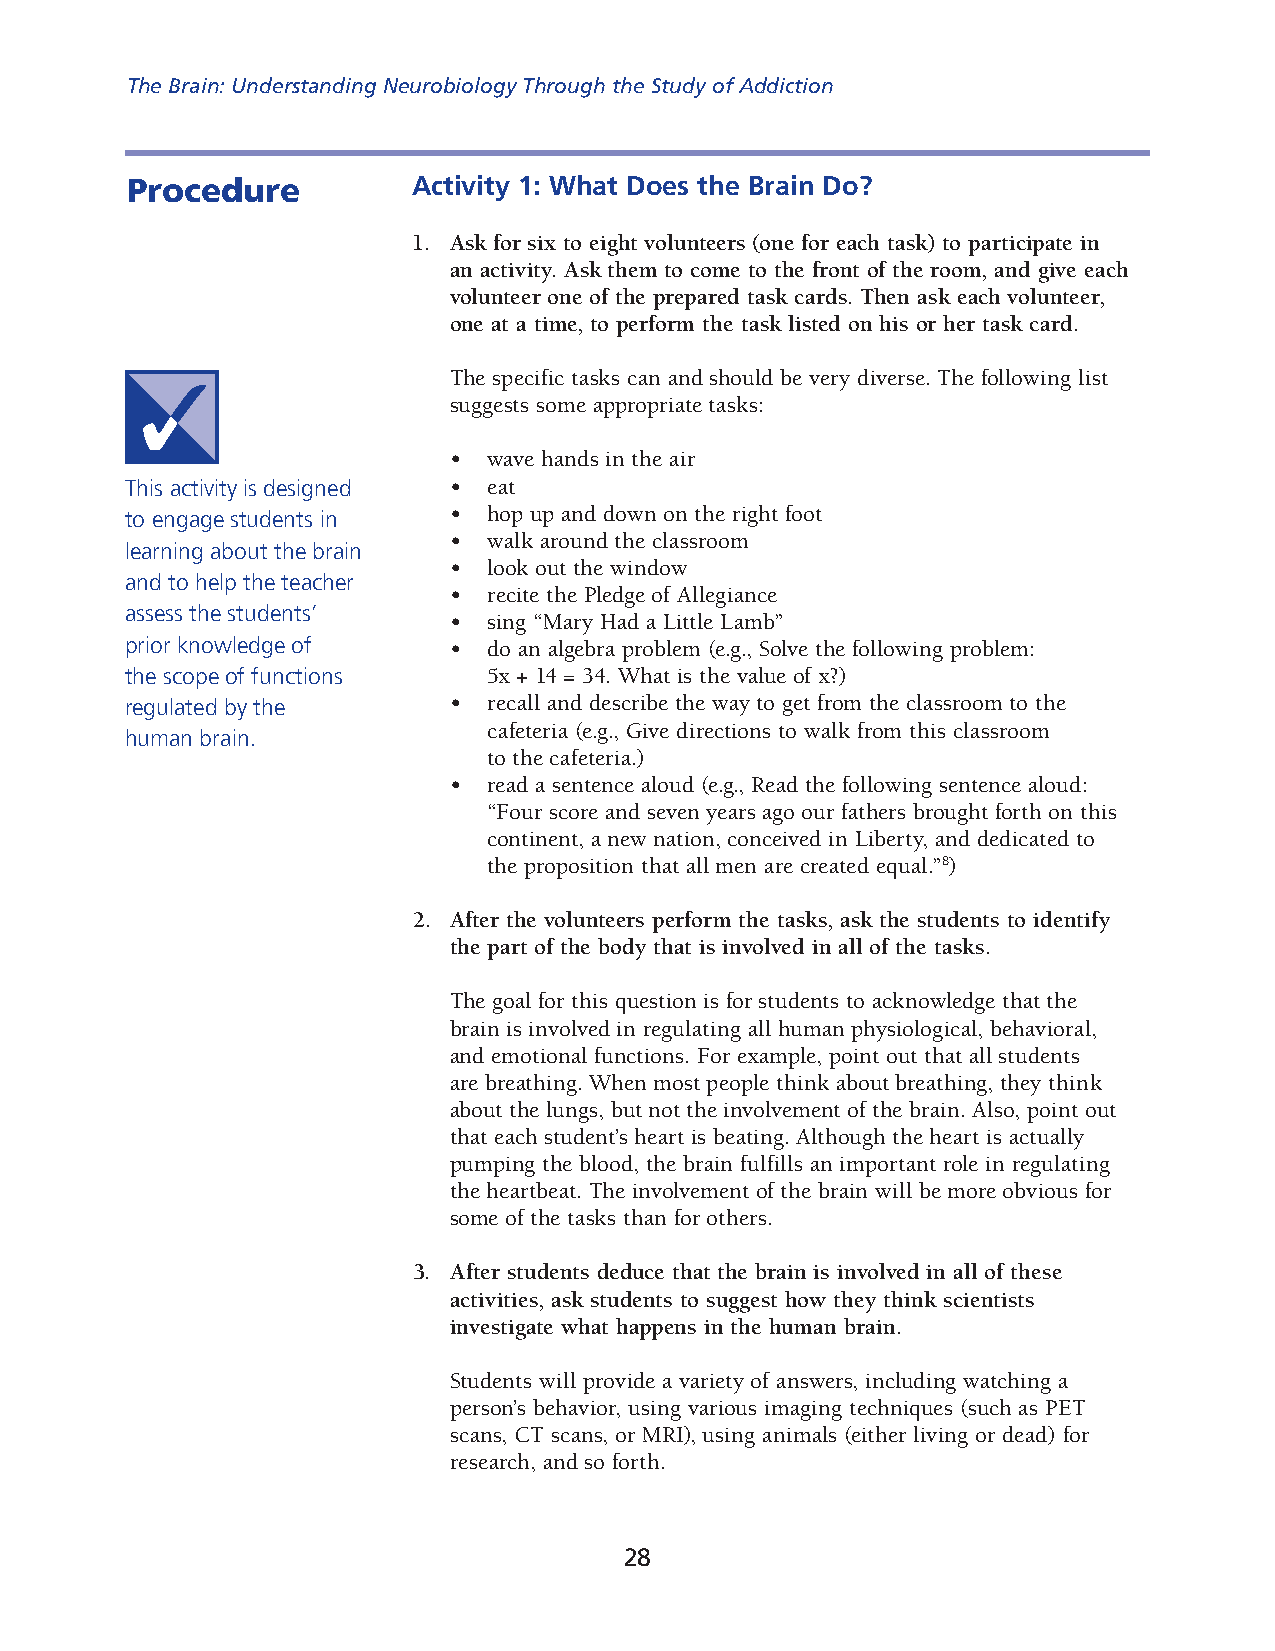
The Brain: Understanding Neurobiology Through the Study of Addiction
 Procedure          Activity 1: What Does the Brain Do?
 1. Ask for six to eight volunteers (one for each task) to participate in
 an activity. Ask them to come to the front of the room, and give each
 volunteer one of the prepared task cards. Then ask each volunteer,
 one at a time, to perform the task listed on his or her task card.
 The specific tasks can and should be very diverse. The following list
 sug gests some appropriate tasks:
 • wave hands in the air
 This activity is designed • eat
 • hop up and down on the right foot
 to engage students in
 • walk around the classroom
 learning about the brain
 • look out the window
 and to help the teacher
 • recite the Pledge of Allegiance
 assess the students’
 • sing “Mary Had a Little Lamb”
 prior knowledge of    • do an algebra problem (e.g., Solve the following problem:
 the scope of functions  5x + 14 = 34. What is the value of x?)
 regulated by the      • recall and describe the way to get from the classroom to the
 cafeteria (e.g., Give directions to walk from this classroom
 human brain.
 to the cafeteria.)
 • read a sentence aloud (e.g., Read the following sentence aloud:
 “Four score and seven years ago our fathers brought forth on this
 continent, a new nation, conceived in Liberty, and dedicated to
 the proposition that all men are created equal.”8)
 2. After the volunteers perform the tasks, ask the students to identify
 the part of the body that is involved in all of the tasks.
 The goal for this question is for students to acknowledge that the
 brain is involved in regulating all human physiological, behavioral,
 and emotional functions. For example, point out that all students
 are breathing. When most people think about breathing, they think
 about the lungs, but not the involvement of the brain. Also, point out
 that each student’s heart is beat ing. Although the heart is actually
 pumping the blood, the brain fulfills an important role in regulating
 the heartbeat. The involvement of the brain will be more obvious for
 some of the tasks than for others.
 3. After students deduce that the brain is involved in all of these
 activities, ask students to suggest how they think scientists
 investigate what hap pens in the human brain.
 Students will provide a variety of answers, including watching a
 person’s behavior, using various imaging techniques (such as PET
 scans, CT scans, or MRI), using animals (either living or dead) for
 research, and so forth.
 28